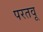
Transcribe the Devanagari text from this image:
परतवू